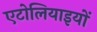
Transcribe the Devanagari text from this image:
एटोलियाइयों